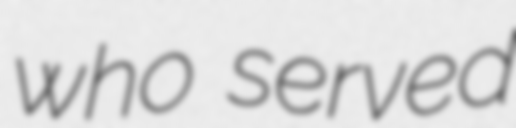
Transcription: who served